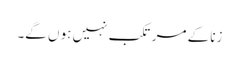
زنا کے مرتکب نہیں ہو ں گے۔